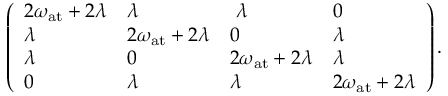
\left( \begin{array} { l l l l } { 2 \omega _ { \mathrm { a t } } + 2 \lambda } & { \lambda } & { ~ \lambda } & { 0 } \\ { \lambda } & { 2 \omega _ { \mathrm { a t } } + 2 \lambda } & { 0 } & { \lambda } \\ { \lambda } & { 0 } & { 2 \omega _ { \mathrm { a t } } + 2 \lambda } & { \lambda } \\ { 0 } & { \lambda } & { \lambda } & { 2 \omega _ { \mathrm { a t } } + 2 \lambda } \end{array} \right) .